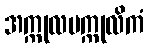
အက္ကုလပက္ကုလိကံ